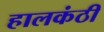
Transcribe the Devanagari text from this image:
हालकंठी